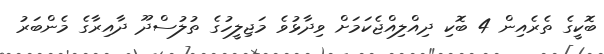
ބޮކީގެ ތެރެއިން 4 ބޮކި ދިއްލިއްޖެކަމަށް ވިދާޅުވެ މަޖިލީހުގެ ތުލުސްދޫ ދާއިރާގެ މެންބަރު